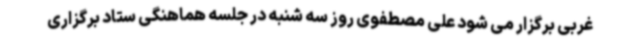
غربی برگزار می شود علی مصطفوی روز سه شنبه در جلسه هماهنگی ستاد برگزاری